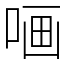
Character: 𠵾